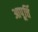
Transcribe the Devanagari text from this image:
आपूर्त्ति